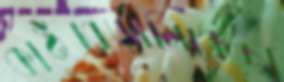
কাঠবেড়ালিকেছা